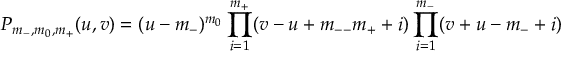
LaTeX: P _ { m _ { - } , m _ { 0 } , m _ { + } } ( u , v ) = ( u - m _ { - } ) ^ { m _ { 0 } } \prod _ { i = 1 } ^ { m _ { + } } ( v - u + m _ { -- } m _ { + } + i ) \prod _ { i = 1 } ^ { m _ { - } } ( v + u - m _ { - } + i )